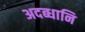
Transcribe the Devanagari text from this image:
अदब्धानि